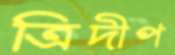
ত্রিদীপ